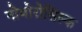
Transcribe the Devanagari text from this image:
नोवोरोसिस्क